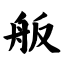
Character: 舨